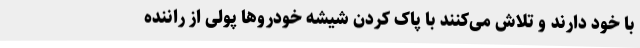
با خود دارند و تلاش می‌کنند با پاک کردن شیشه خودرو‌ها پولی از راننده